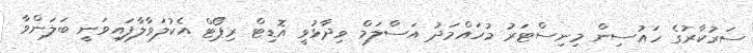
ސަރުކާރުގެ ހައުސިން މިނިސްޓަރު މުހައްމަދު އަސްލަމް ވިދާޅުވީ އޮޑިޓް ރިޕޯޓް އެކުލަވާލާފައިވަނީ ބަލަންވާ